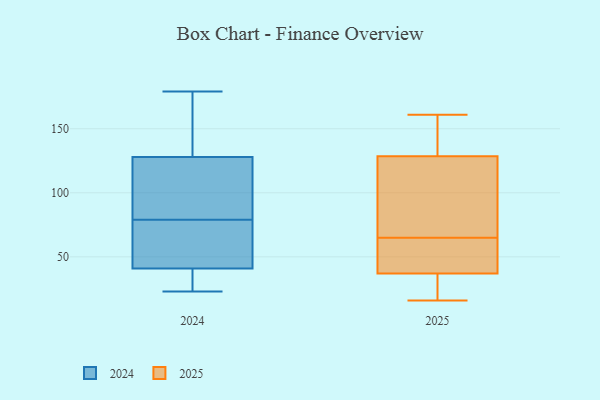
{"axis": {"x": "Humidity (%)", "y": "Value"}, "legend": ["2024", "2025"], "data": [{"x": "", "y": 16, "type": "2025"}, {"x": "", "y": 61, "type": "2025"}, {"x": "", "y": 28, "type": "2025"}, {"x": "", "y": 155, "type": "2025"}, {"x": "", "y": 55, "type": "2025"}, {"x": "", "y": 69, "type": "2025"}, {"x": "", "y": 155, "type": "2025"}, {"x": "", "y": 161, "type": "2025"}, {"x": "", "y": 74, "type": "2025"}, {"x": "", "y": 21, "type": "2025"}, {"x": "", "y": 46, "type": "2025"}, {"x": "", "y": 102, "type": "2025"}, {"x": "", "y": 147, "type": "2024"}, {"x": "", "y": 43, "type": "2024"}, {"x": "", "y": 23, "type": "2024"}, {"x": "", "y": 76, "type": "2024"}, {"x": "", "y": 31, "type": "2024"}, {"x": "", "y": 74, "type": "2024"}, {"x": "", "y": 171, "type": "2024"}, {"x": "", "y": 109, "type": "2024"}, {"x": "", "y": 179, "type": "2024"}, {"x": "", "y": 100, "type": "2024"}, {"x": "", "y": 82, "type": "2024"}, {"x": "", "y": 39, "type": "2024"}]}